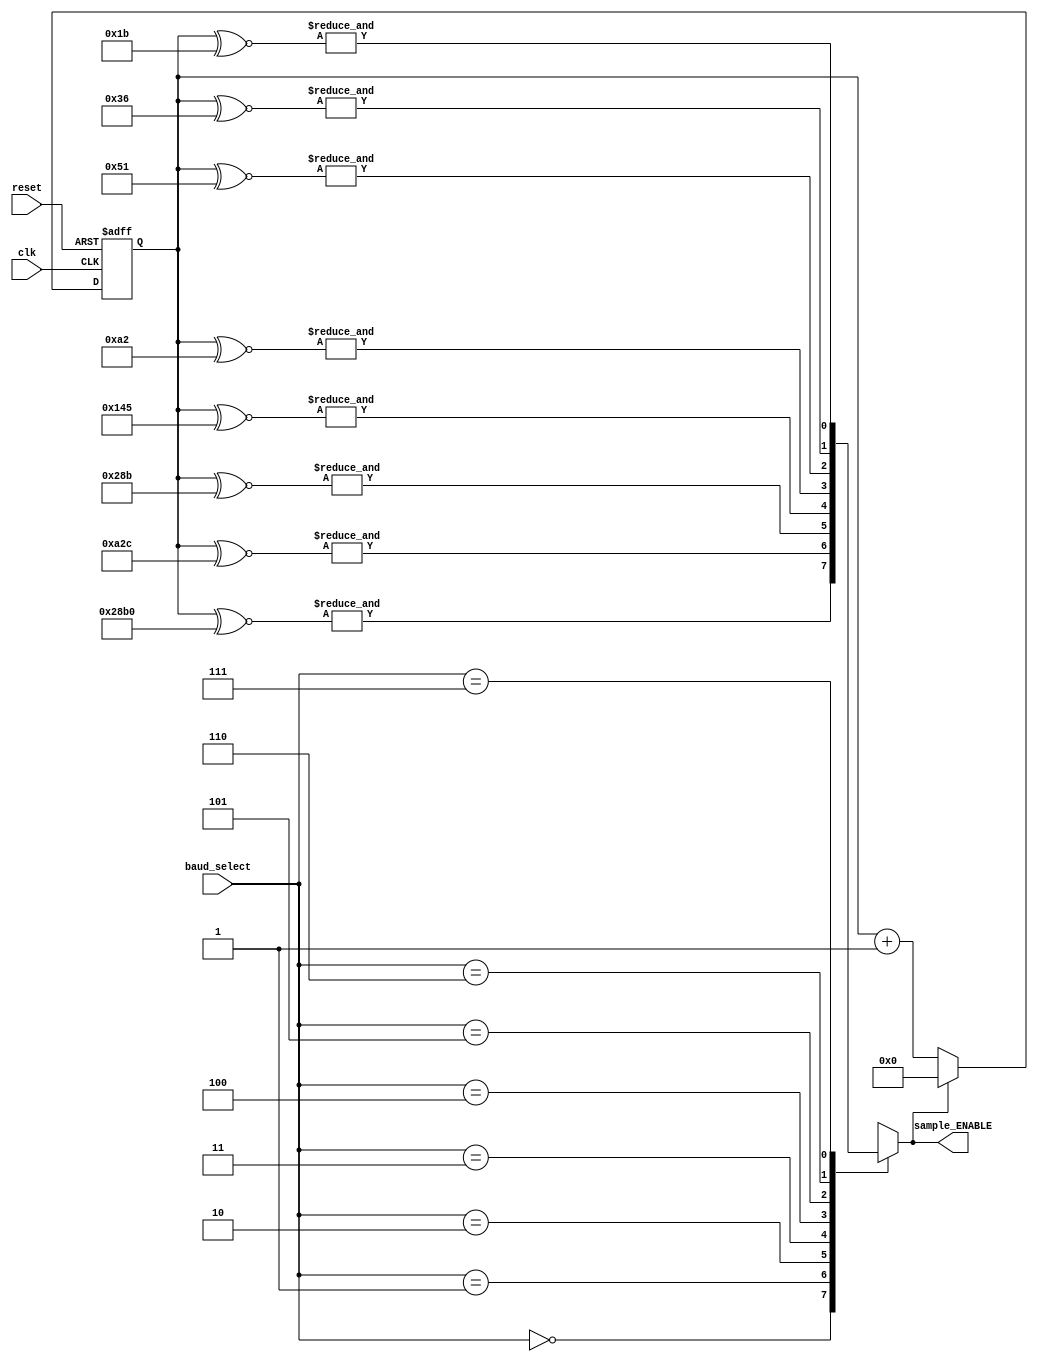
`timescale 1ns / 1ps
module baud_rate_sampler_receiver(  ///have to implement different for reciever and transmitter, with different adders and clocks.
		input reset,
		input clk,
		input [2:0] baud_select,
		output reg sample_ENABLE
    );
	 
	 
		//We assume assume that a maximum possible FPGA clock used is 1ghz.(30bits)
//		parameter systemclockfrequency= 25000000;  //must be changed according to the FPGA system used.
//		parameter Clocks_Baud_Rate_8= systemclockfrequency/115200; //The floating part of the division is lost, leading to an error in the calculation of the actual rate
//		parameter Clocks_Baud_Rate_7= systemclockfrequency/57600;  //The greater the bitrate, the bigger the error leading to an out of sync function
//		parameter Clocks_Baud_Rate_6= systemclockfrequency/38400;
//		parameter Clocks_Baud_Rate_5= systemclockfrequency/19200;
//		parameter Clocks_Baud_Rate_4= systemclockfrequency/9600;
//		parameter Clocks_Baud_Rate_3= systemclockfrequency/4800;
//		parameter Clocks_Baud_Rate_2= systemclockfrequency/1200;
//		parameter Clocks_Baud_Rate_1= systemclockfrequency/300; //The number generated here is the largest and judges the bit width of the counter needed to calculate clocks
//		reg counter[21:0];


//		parameter systemclockfrequency= 25000000;  //must be changed according to the FPGA system used.
//		parameter Clocks_Baud_Rate_8= 000000000000110110;   //434.027777778/8 clocks until enable signal sent
//		parameter Clocks_Baud_Rate_7= 000000000001101100;   //868.055555556/8
//		parameter Clocks_Baud_Rate_6= 000000000010100010;   //1302.08333333/8
//		parameter Clocks_Baud_Rate_5= 000000000101000101;   //2604.16666667/8
//		parameter Clocks_Baud_Rate_4= 000000001010001011;   //5208.33333333/8
//		parameter Clocks_Baud_Rate_3= 000000010100010110;   //10416.6666667/8
//		parameter Clocks_Baud_Rate_2= 000001010001011000;   //41666.6666667/8
//		parameter Clocks_Baud_Rate_1= 000101000101100001; 	 //166666.666667/8
		reg [17:0] counter; // TOTAL OF 18 BINARY CHARACTERS TO represent integer part of Clocks_Baud_Rate_1

		
		always @(posedge clk, posedge reset) 
			begin
				if (reset)
					counter<=0;	
				else if (sample_ENABLE)
					counter<=0;
				else 
					counter<=counter+ 1'b1;
			end
			
		always @(*)
			case(baud_select)
				0: sample_ENABLE= &(counter^~18'b000010100010110000);
				1: sample_ENABLE= &(counter^~18'b000000101000101100);
				2: sample_ENABLE= &(counter^~18'b000000001010001011);
				3: sample_ENABLE= &(counter^~18'b000000000101000101);
				4: sample_ENABLE= &(counter^~18'b000000000010100010);
				5: sample_ENABLE= &(counter^~18'b000000000001010001);
				6: sample_ENABLE= &(counter^~18'b000000000000110110);
				7: sample_ENABLE= &(counter^~18'b000000000000011011);
				default sample_ENABLE=0;
			endcase
		
		
				//1) Implementation without having Baud_rate preconfigured before the transfer of the bits.
				//In case i want Async Baud_rate change: (This is necessary for optional scaling of the baud_rate during the transfer of a bitstream)	
				//2) Implementation using smaller registers and without the need of &, ^~ operations in every circle
						//
						//		//Baud_select flip flop, (i am not sure if i should use clock or sample_ENABLE)
						//		always @(posedge sample_ENABLE, posedge reset) 
						//			begin
						//				if (reset)
						//					baud_select_prev_state<=0;	
						//				else 
						//					baud_select_prev_state<=baud_select;
						//			end		
						//		//if baud_select changes i will need to reset my counter in the next sampling cycle.
						//		//assign reset_counter= baud_select^baud_select_prev_state;
						//Smarter implementation more error.	Adding baudrate_subdivision instead of 1, 
						//the residual number is  accumulating and increased the clocks necessary by 1 when its necessary to keep the division intact.
						//		always @(posedge clk, posedge reset) 
						//			begin
						//				if (reset)
						//					counter<=0;	
						//				else if (reset_counter)
						//					counter<=0;
						//				else 
						//					{sample_ENABLE,counter}<= counter+ baudrate_subdivision;
						//			end
						//	
						//			
						//			always @(posedge clk)
						//				case(baud_select_prev_state)
						//					0: baudrate_subdivision= 300*2^18/systemclockfrequency;
						//					1: baudrate_subdivision= 1200*2^18/systemclockfrequency;
						//					2: baudrate_subdivision= 4800*2^18/systemclockfrequency;
						//					//
						//					7: baudrate_subdivision= 115200*2^18/systemclockfrequency;
						//				endcase

endmodule